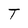
Character: T